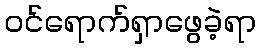
ဝင်ရောက်ရှာဖွေခဲ့ရာ